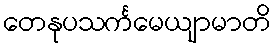
တေနုပသင်္ကမေယျာမာတိ